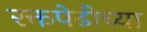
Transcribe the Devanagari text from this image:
रक्तपेढीच्या